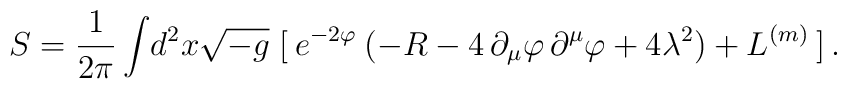
S = \frac{1}{2\pi} \int\! d^{2} x \sqrt{-g}\;[\:e^{-2\varphi}  \:( -R - 4\,\partial_{\mu}\varphi\,\partial^{\mu}\varphi + 4\lambda^{2})+L^{(m)}\:]\,.